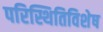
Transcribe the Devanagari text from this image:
परिस्थितिविशेष